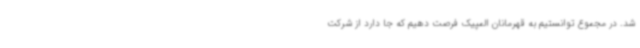
شد. در مجموع توانستیم به قهرمانان المپیک فرصت دهیم که جا دارد از شرکت